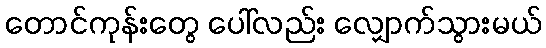
တောင်ကုန်းတွေ ပေါ်လည်း လျှောက်သွားမယ်